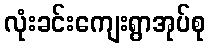
လုံးခင်းကျေးရွာအုပ်စု